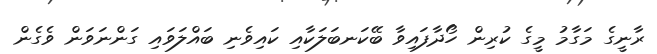
ރާނީގެ މަގާމު މީގެ ކުރިން ހޯދާފައިވާ ބޭކަނބަލަކާއި ކައިވެނި ބައްލަވައި ގަންނަވަން ވެގެން